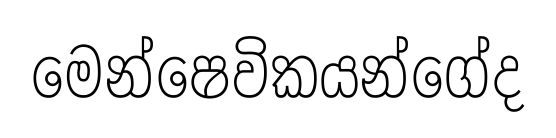
මෙන්ෂෙවිකයන්ගේද